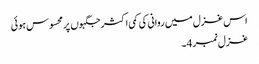
اس غزل میں روانی کی کمی اکثر جگہوں پر محسوس ہوئی
غزل نمبر 4۔